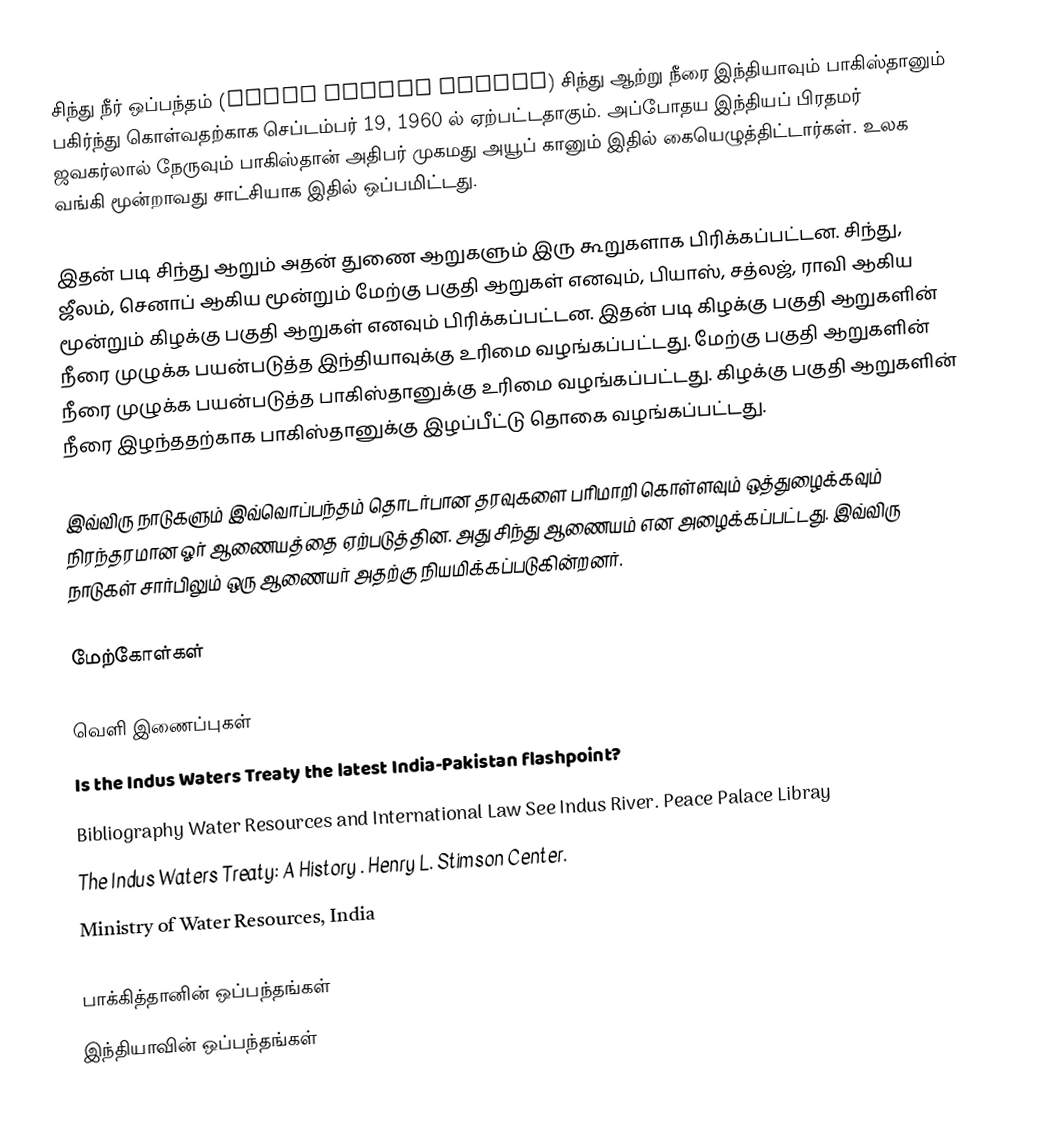
சிந்து நீர் ஒப்பந்தம் (Indus Waters Treaty) சிந்து ஆற்று நீரை இந்தியாவும் பாகிஸ்தானும் பகிர்ந்து கொள்வதற்காக செப்டம்பர் 19, 1960 ல் ஏற்பட்டதாகும். அப்போதய இந்தியப் பிரதமர் ஜவகர்லால் நேருவும் பாகிஸ்தான் அதிபர் முகமது அயூப் கானும் இதில் கையெழுத்திட்டார்கள். உலக வங்கி மூன்றாவது சாட்சியாக இதில் ஒப்பமிட்டது.

இதன் படி சிந்து ஆறும் அதன் துணை ஆறுகளும் இரு கூறுகளாக பிரிக்கப்பட்டன. சிந்து, ஜீலம், செனாப் ஆகிய மூன்றும் மேற்கு பகுதி ஆறுகள் எனவும், பியாஸ், சத்லஜ், ராவி ஆகிய மூன்றும் கிழக்கு பகுதி ஆறுகள் எனவும் பிரிக்கப்பட்டன. இதன் படி கிழக்கு பகுதி ஆறுகளின் நீரை முழுக்க பயன்படுத்த இந்தியாவுக்கு உரிமை வழங்கப்பட்டது. மேற்கு பகுதி ஆறுகளின் நீரை முழுக்க பயன்படுத்த பாகிஸ்தானுக்கு உரிமை வழங்கப்பட்டது. கிழக்கு பகுதி ஆறுகளின் நீரை இழந்ததற்காக பாகிஸ்தானுக்கு இழப்பீட்டு தொகை வழங்கப்பட்டது.

இவ்விரு நாடுகளும் இவ்வொப்பந்தம் தொடர்பான தரவுகளை பரிமாறி கொள்ளவும் ஒத்துழைக்கவும் நிரந்தரமான ஓர் ஆணையத்தை ஏற்படுத்தின. அது சிந்து ஆணையம் என அழைக்கப்பட்டது. இவ்விரு நாடுகள் சார்பிலும் ஒரு ஆணையர் அதற்கு நியமிக்கப்படுகின்றனர்.

மேற்கோள்கள்

வெளி இணைப்புகள்
 Is the Indus Waters Treaty the latest India-Pakistan flashpoint?
Bibliography Water Resources and International Law  See Indus River. Peace Palace Libray
The Indus Waters Treaty: A History . Henry L. Stimson Center.
Ministry of Water Resources, India

பாக்கித்தானின் ஒப்பந்தங்கள்
இந்தியாவின் ஒப்பந்தங்கள்